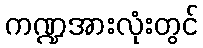
ကဏ္ဍအားလုံးတွင်